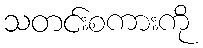
သတင်းစကားကို